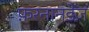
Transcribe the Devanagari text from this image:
फ़रनानडेज़